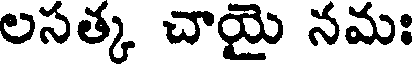
లసత్క చాయై నమః